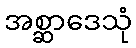
အစ္ဆာဒေသုံ